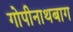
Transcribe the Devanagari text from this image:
गोपीनाथबाग